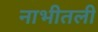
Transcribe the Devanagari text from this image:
नाभीतली